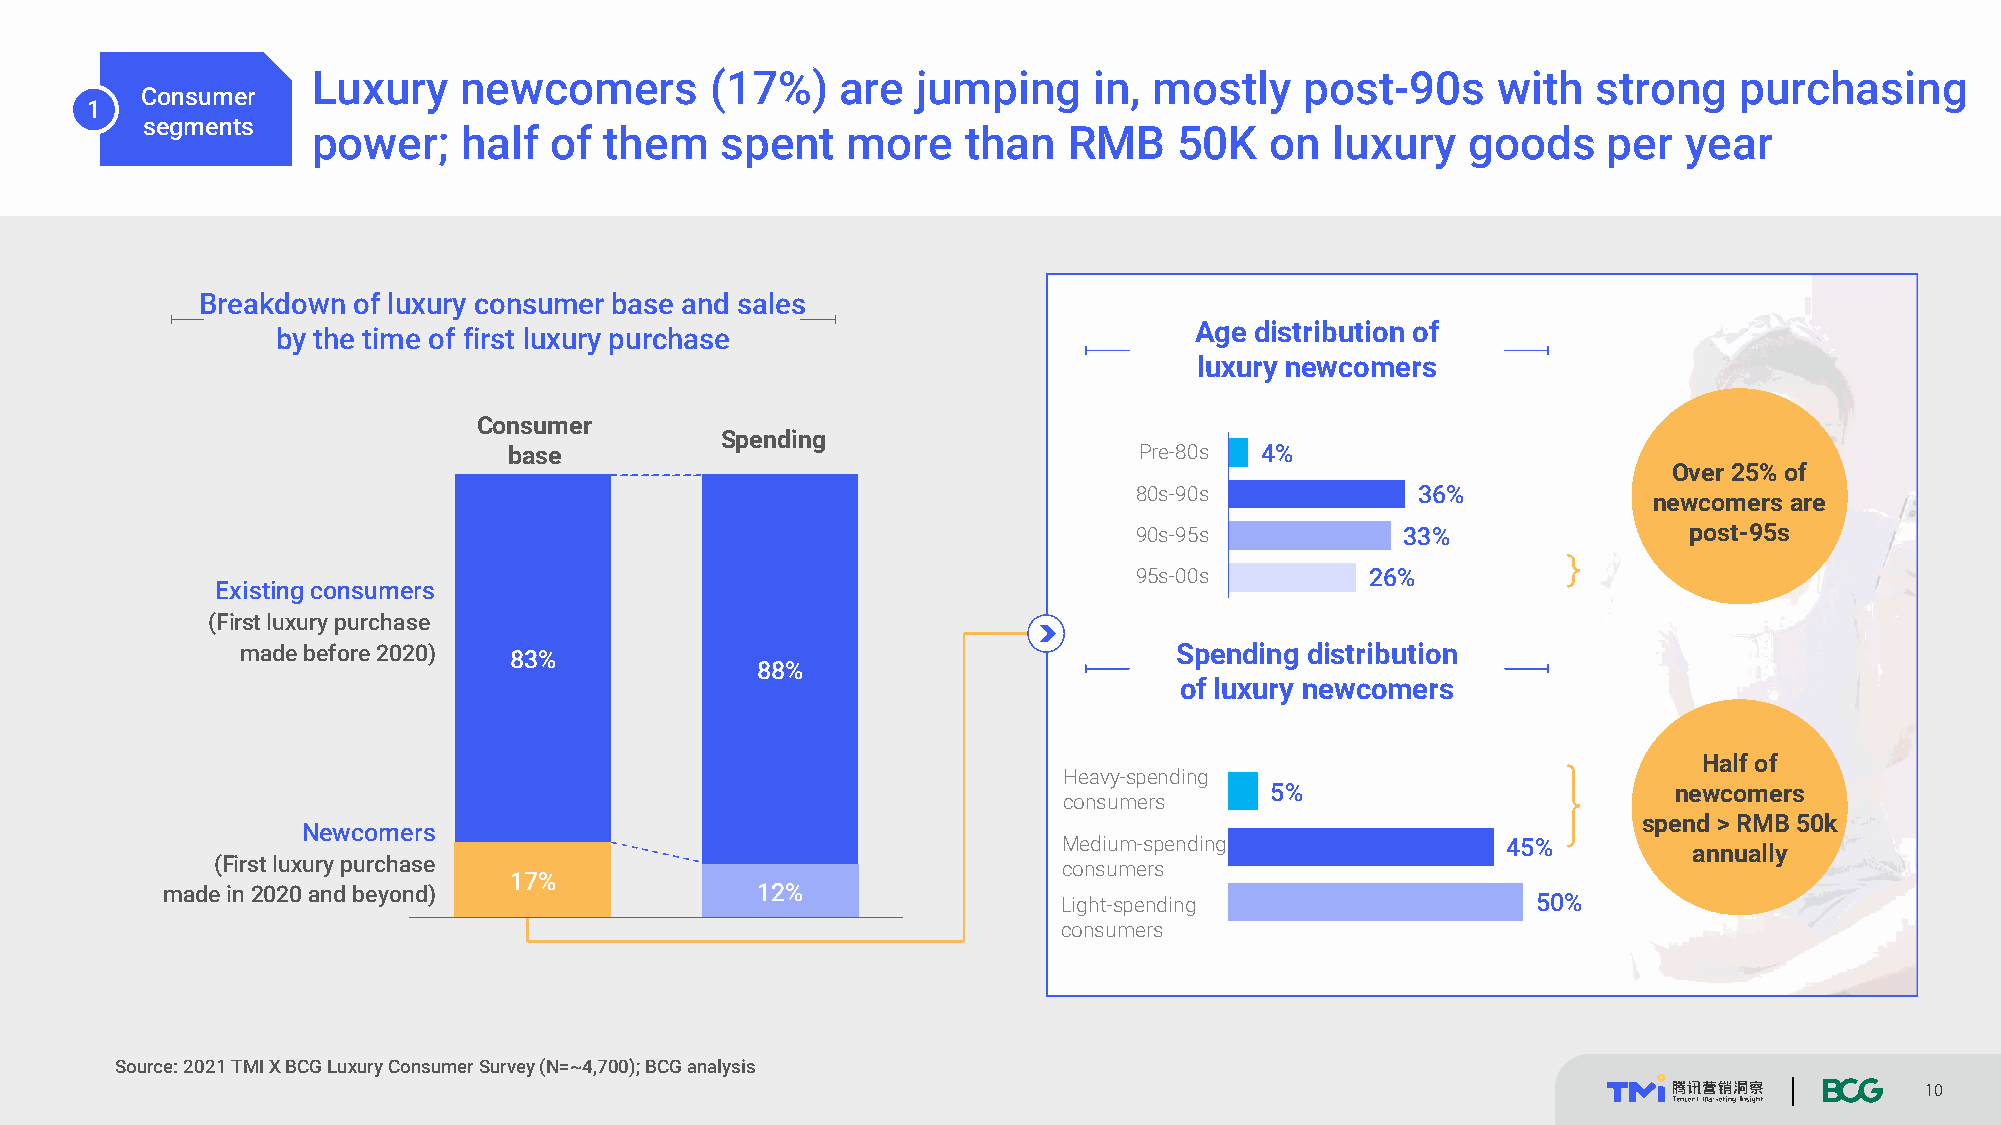
Luxury   newcomers        (17%)    are  jumping    in, mostly    post-90s     with   strong   purchasing
 Consumer
 1
 segments
 power;   half  of  them    spent   more    than   RMB    50K   on  luxury   goods    per   year
 Breakdown of luxury consumer base and sales
 Age distribution of
 by the time of first luxury purchase
 luxury newcomers
 Consumer
 Spending
 base                                     Pre-80s 4%
 Over 25% of
 80s-90s            36%
 newcomers are
 90s-95s           33%                post-95s
 95s-00s         26%
 Existing consumers
 (First luxury purchase
 made before 2020) 83%                                         Spending distribution
 88%
 of luxury newcomers
 Half of
 Heavy-spending
 5%                         newcomers
 consumers
 spend > RMB50k
 Newcomers
 Medium-spending               45%         annually
 (First luxury purchase
 consumers
 17%
 made in2020 and beyond)                12%
 Light-spending                  50%
 consumers
 Source: 2021 TMIX BCG Luxury Consumer Survey (N=~4,700); BCG analysis
 10